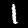
Digit: 1